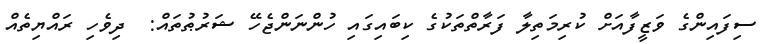
ސިފައިންގެ ވަޒީފާއަށް ކުރިމަތިލާ ފަރާތްތަކުގެ ކިބައިގައި ހުންނަންޖެހޭ ޝަރުޠުތައް:  ދިވެހި ރައްޔިތެއް